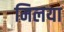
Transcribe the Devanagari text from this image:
मिलया